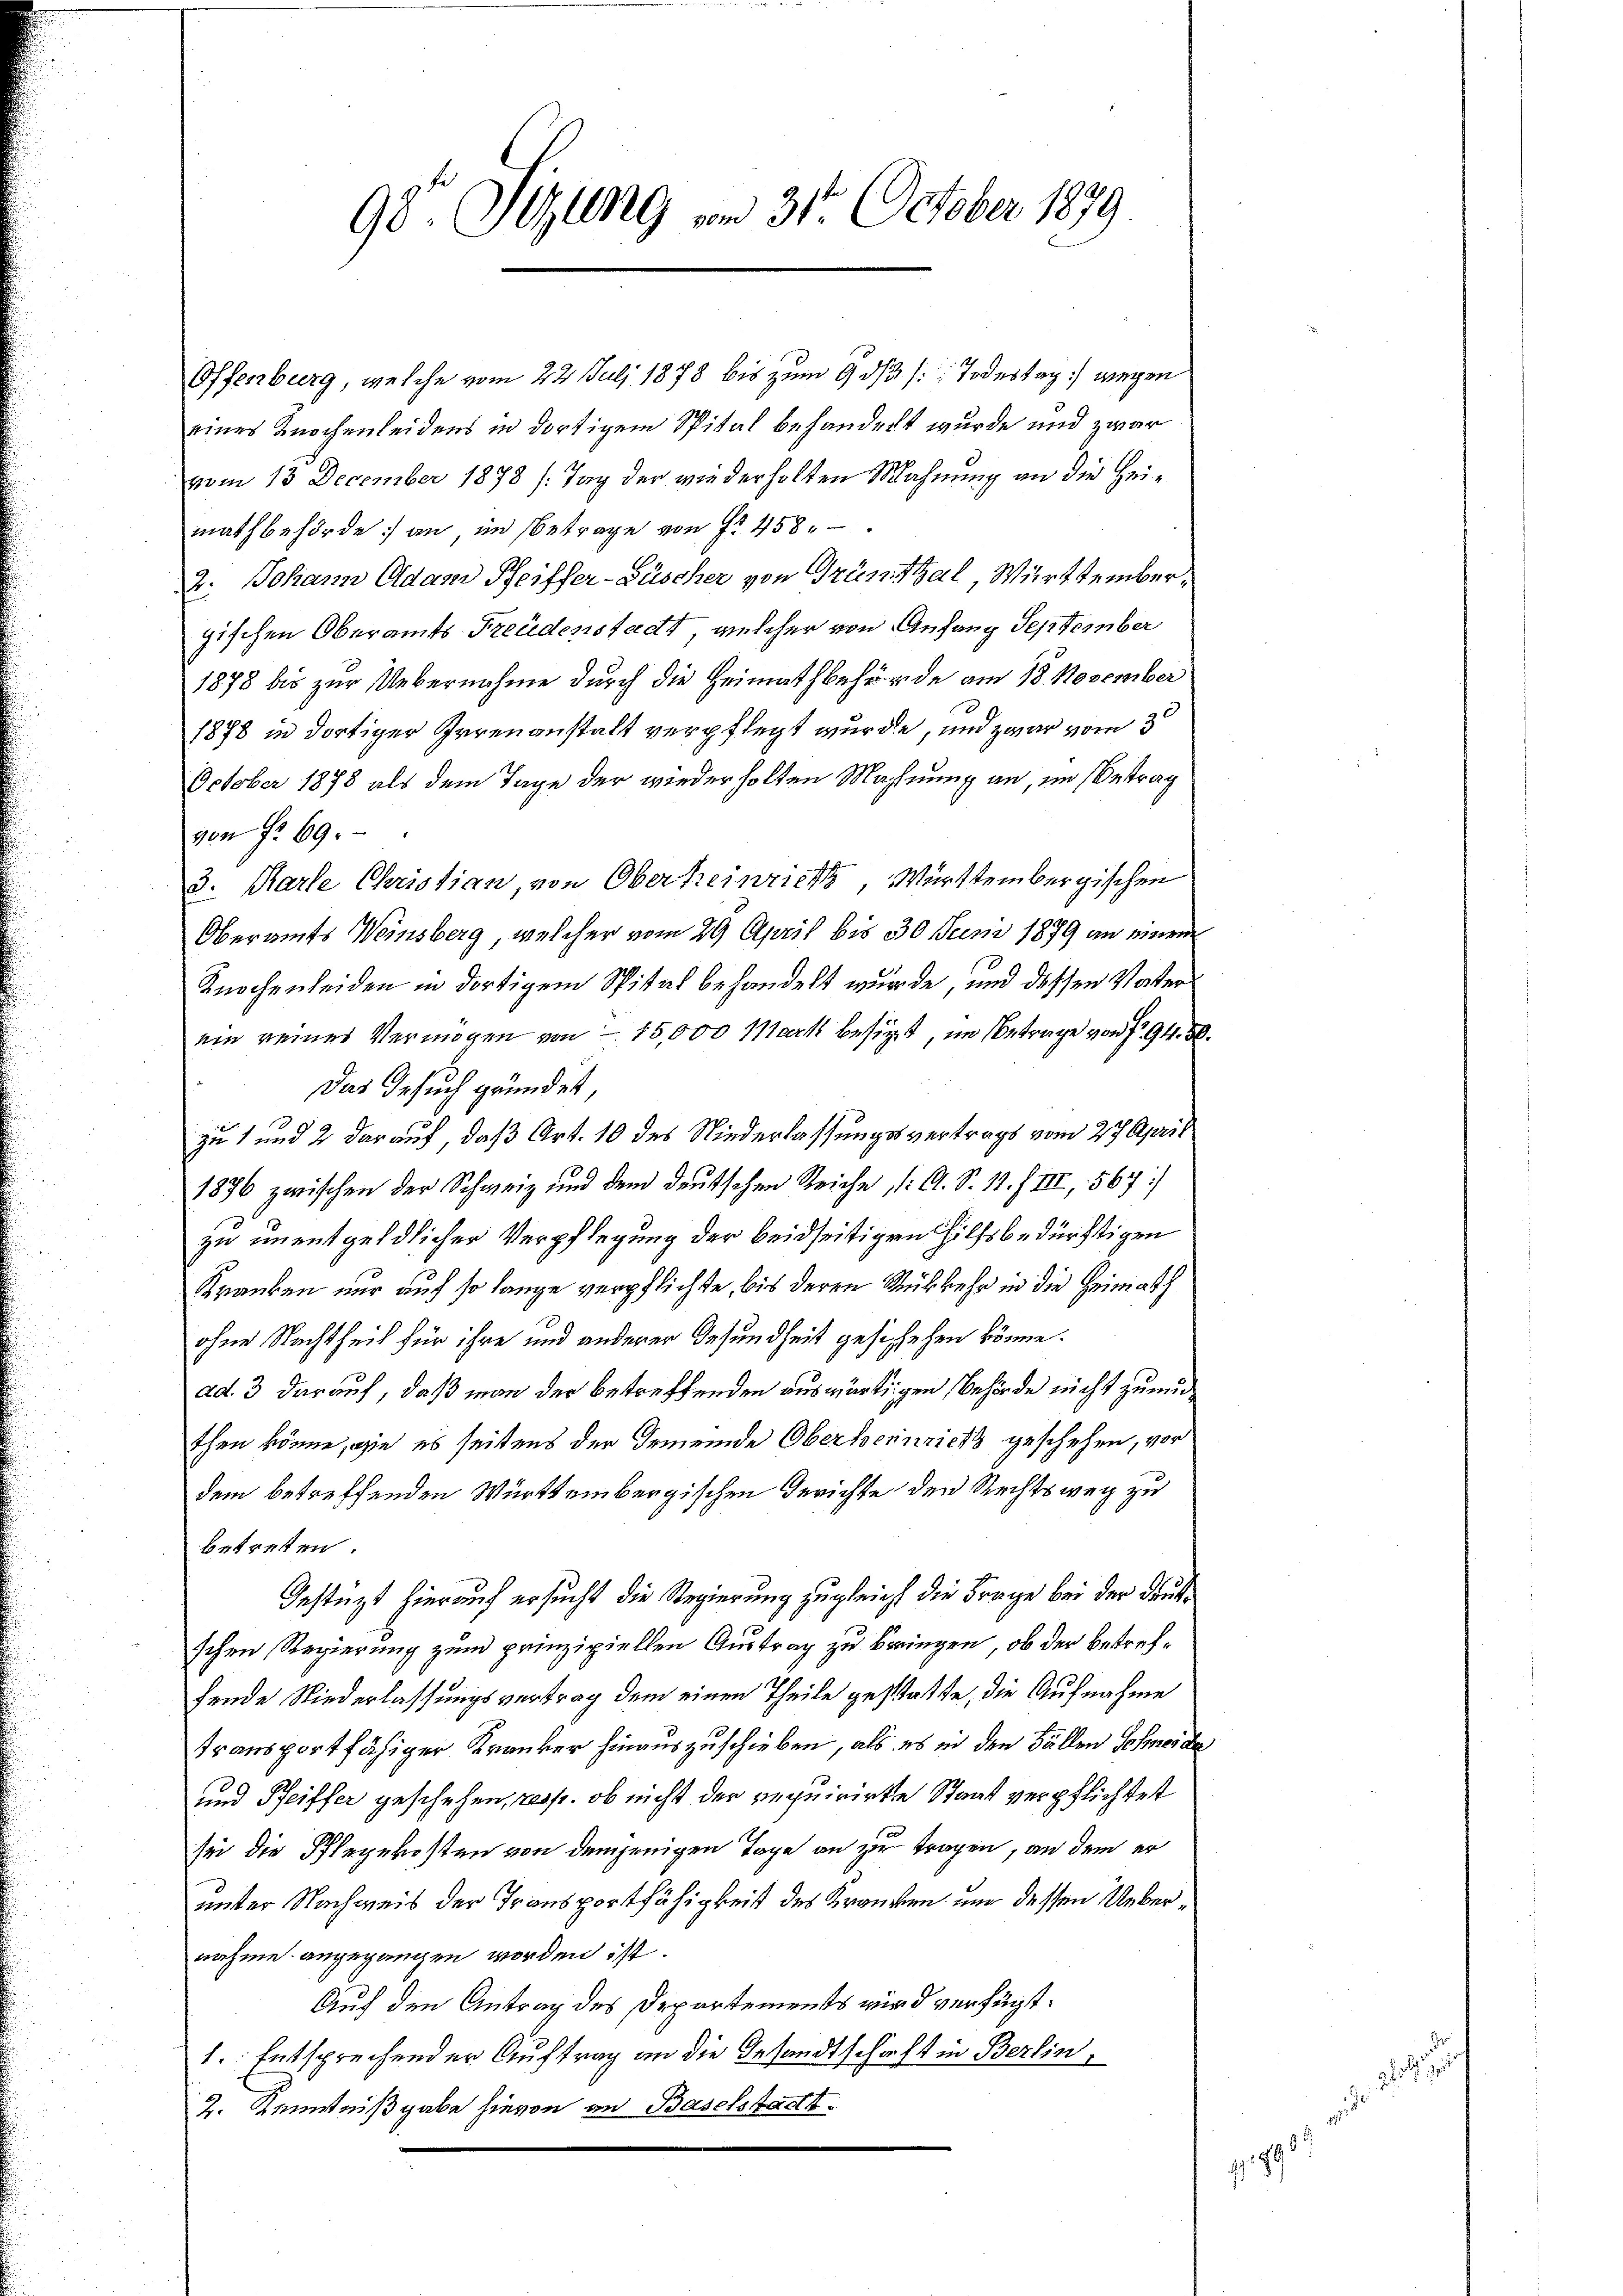
Offenburg, welche vom 22. Juli 1878 bis zum 9 des Todestag) wegen
eines Knochenleidens in dortigem Spital behandert wurde und zwar
vom 13 December 1878 /: Tag der wiederholten Mahnung an die Heimathbehörde an im Betrage von f. 458.
2. Johann Adam Reiffer-Büscher von Grünthal, Württembergischen Oberamts Freudenstadt, welcher von Anfang September
1878 bis zur Uebernahme durch die Heimathbehörde am 18. November
1878 in dortiger Irrenanstalt verpflegt wurde, und zwar vom 3t
October 1878 als dem Tage der wiederholten Machnung an, im Betrag
von f. 69.
3. Karle Christian, von Oberheinrich, Württembergischen
Oberamts Weinsberg, welcher vom 29. April bis 30 Juni 1879 an einem
Knochenleiden in dortigem Spital behandelt wurde, und dessen Vaterein reines Vermögen von 15,000 Mark besitzt, im Betrage von § 94. 30.
Das Gesuch gründet,
zu 1 und 2 darauf, daß Art. 10 des Niederlassungsvertrags vom 27 April
1896 zwischen der Schweiz und dem deutschen Reiche (: C. S. 11. f. III, 567/
zu unentgeldlicher Verpflegung der beidseitigen Hilfsbedürftigen
Kranken nur auf so lange verpflichte, bis deren Rükkehr in die Heimath
ohne Nachtheit für ihre und anderer Gesundheit gesichehen könne.
ad. 3 darauf, daß man der betreffenden auswärtigen Behörde nicht zu mü
then könne, wie es seitens der Gemeinde Oberseinricht geschehen, vor
dem betreffenden Württembergischen Gerichte den Rechtsweg zu
betreten.
Gestützt hierauf ersucht die Regierung zugleich die Frage bei der Deut
schen Regierung zum prinzipiellen Austrag zu bringen, ob der betreffende Niederlassungsvertrag dem einen Theile gestatte, die Aufnahme
transportfähiger Kranker hinauszuschieben, als es in den Fällen Schneide
und Pfeiffer geschehen, resp. ob nicht der requirirte Staat verpflichtet
sei die Pflegekosten von demjenigen Tage an zu tragen, an dem er
unter Nachweis der Transportfähigkeit des Kranken und dessen Uebernahme angegangen worden ist.
Auf den Antrag des Departements wird verfügt:
1. Entsprechender Auftrag an die Gesandtschaft in Berlin,
2. Kenntnißgabe hievon an Baselstadtt.

98 Sizung vom 31. October 1879

1795.

d

gliche